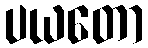
ပယတော